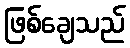
ဖြစ်ချေသည်